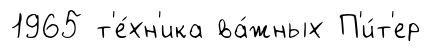
1965 т'е́хн'ика ва́жных П'и́т'ер